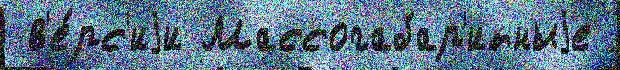
 в'е́рс'иjи Массогабар'итныjе